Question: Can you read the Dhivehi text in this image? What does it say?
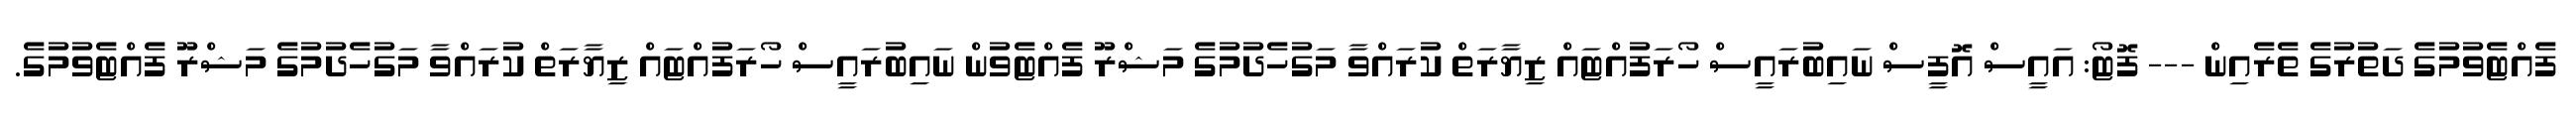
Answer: ފެއްޓެވުމުގެ ދަތުރުގެ ތެރެއިން --- ފޮޓޯ: އައީސް އޮފީސް ނައިބުރައީސް ހޯރަފުއްޓައް ޒިޔާރަތް ކުރައްވާ މަގުހެދުމުގެ މަޝްރޫ ފެއްޓެވުން ނައިބުރައީސް ހޯރަފުއްޓައް ޒިޔާރަތް ކުރައްވާ މަގުހެދުމުގެ މަޝްރޫ ފެއްޓެވުމުގެ.